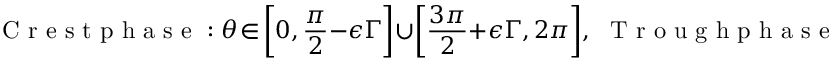
\textnormal { C r e s t p h a s e } : \theta \! \in \! \bigg [ 0 , \frac { \pi } { 2 } - \epsilon \Gamma \bigg ] \cup \bigg [ \frac { 3 \pi } { 2 } + \epsilon \Gamma , 2 \pi \bigg ] , \, \, \textnormal { T r o u g h p h a s e } : \theta \! \in \! \bigg [ \frac { \pi } { 2 } - \epsilon \Gamma , \frac { 3 \pi } { 2 } + \epsilon \Gamma \bigg ] .